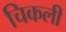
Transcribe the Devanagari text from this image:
चिकली